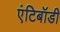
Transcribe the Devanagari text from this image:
एंटिबॉडी